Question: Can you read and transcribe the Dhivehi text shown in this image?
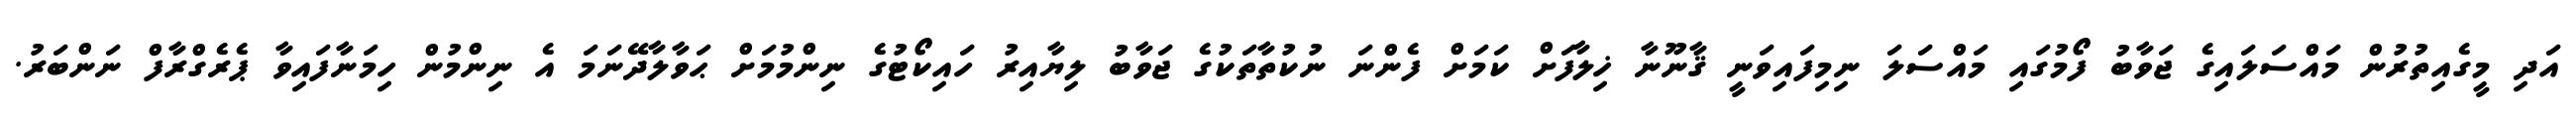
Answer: އަދި މީގެއިތުރުން މައްސަލައިގެ ޖަވާބު ފޯމުގައި މައްސަލަ ނިމިފައިވަނީ ޤާނޫނާ ޚިލާފަށް ކަމަށް ފެންނަ ނުކުތާތަކުގެ ޖަވާބު ލިޔާއިރު ހައިކޯޓުގެ ނިންމުމަށް ޙަވާލާދޭނަމަ އެ ނިންމުން ހިމަނާފައިވާ ޕެރެގްރާފް ނަންބަރު.